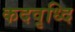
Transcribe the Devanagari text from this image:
कदवृध्दि